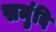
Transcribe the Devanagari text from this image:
समुंदि